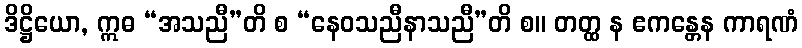
ဒိဋ္ဌိယော, ဣဓ “အသညီ”တိ စ “နေဝသညီနာသညီ”တိ စ။ တတ္ထ န ဧကန္တေန ကာရဏံ